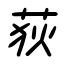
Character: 荻